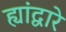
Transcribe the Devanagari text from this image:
ह्यांद्वारे